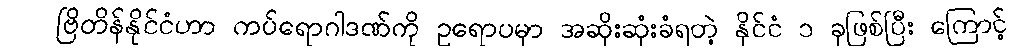
ဗြိတိန်နိုင်ငံဟာ ကပ်ရောဂါဒဏ်ကို ဥရောပမှာ အဆိုးဆုံးခံရတဲ့ နိုင်ငံ ၁ ခုဖြစ်ပြီး ကြောင့်